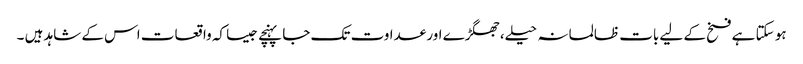
ہو سکتا ہے فسخ کے لیے بات ظالمانہ حیلے،جھگڑے اور عداوت تک جا پہنچے جیسا کہ واقعات اس کے شاہد ہیں ۔